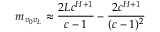
m _ { v _ { 0 } v _ { L } } \approx \frac { 2 L c ^ { H + 1 } } { c - 1 } - \frac { 2 c ^ { H + 1 } } { ( c - 1 ) ^ { 2 } }